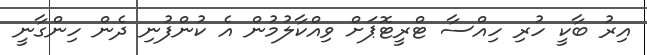
އިިރު ބާކީ ހުރި ހިއްސާ ޓްރީޓޮޕަށް ވިއްކާލުމުން އެ ކުންފުނި ދެން ހިންގާނީ